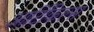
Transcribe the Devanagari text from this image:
आर्टिकिल्स